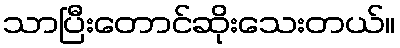
သာပြီးတောင်ဆိုးသေးတယ်။